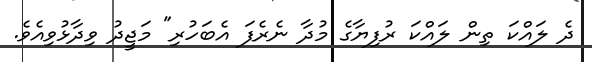
ދެ ލައްކަ ތިން ލައްކަ ރުފިޔާގެ މުދާ ނެރެފަ އެބަހުރި" މަޖީދު ވިދާޅުވިއެވެ.